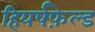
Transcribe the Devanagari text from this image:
हियर्षफ़ेल्ड